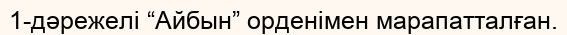
1-дәрежелі “Айбын” орденімен марапатталған.